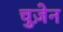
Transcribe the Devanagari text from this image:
चुज़ेन